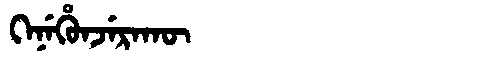
Manchu: ᡴᡝᠨᡝᡥᡠᠨᠵᡝᡵᠠᡴᡡ
Romanization: KENEHUNJERAKŪ